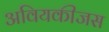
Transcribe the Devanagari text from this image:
अवियकीजस